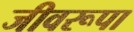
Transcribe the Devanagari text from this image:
जीवरूपा